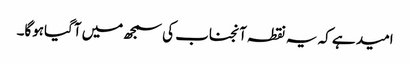
امید ہے کہ یہ نقطہ آنجناب کی سمجھ میں آگیاہوگا۔